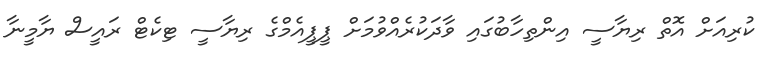
ކުރިއަށް އޮތް ރިޔާސީ އިންތިހާބުގައި ވާދަކުރެއްވުމަށް ޕީޕީއެމްގެ ރިޔާސީ ޓިކެޓް ރައީސް ޔާމީނާ